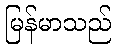
မြန်မာသည်